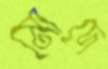
মোদে